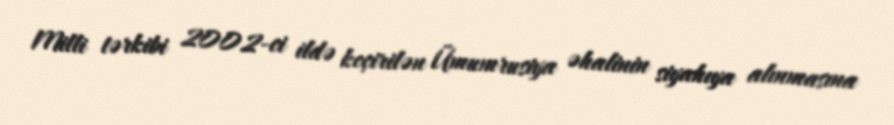
Milli tərkibi 2002-ci ildə keçirilən Ümumrusiya əhalinin siyahıya alınmasına